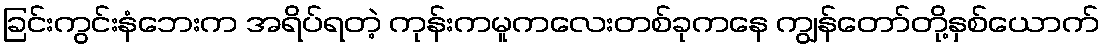
ခြင်းကွင်းနံဘေးက အရိပ်ရတဲ့ ကုန်းကမူကလေးတစ်ခုကနေ ကျွန်တော်တို့နှစ်ယောက်